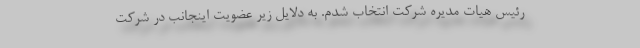
رئیس هیات مدیره شرکت انتخاب شدم. به دلایل زیر عضویت اینجانب در شرکت